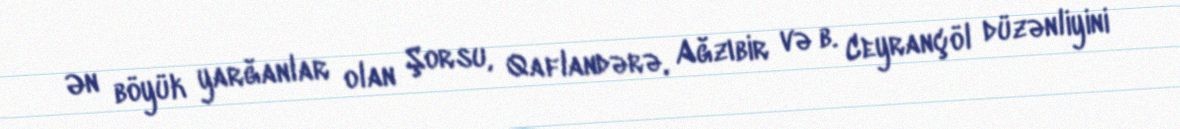
Ən böyük yarğanlar olan Şorsu, Qaflandərə, Ağzıbir və b. Ceyrançöl düzənliyini